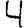
Digit: 4